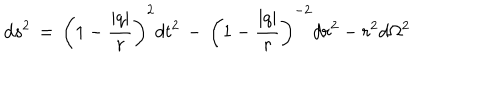
LaTeX: d s ^ { 2 } \, = \, \left( 1 - \frac { | q | } { r } \right) ^ { 2 } d t ^ { 2 } \, - \, \left( 1 - \frac { | q | } { r } \right) ^ { - 2 } d r ^ { 2 } - r ^ { 2 } d \Omega ^ { 2 }